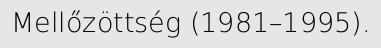
Mellőzöttség (1981–1995).